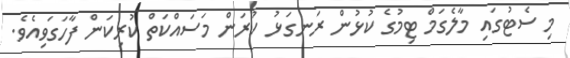
މި ސެޓުގައި މާލެގަމް ޓިމުގެ ކުޅުން ރަނގަޅު ކުރަން މަސައްކަތް ކުރިކަން ފާހަގަވިއެވެ.